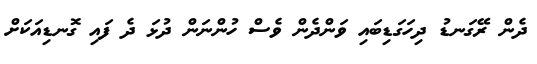
ދެން ރޭގަނޑު ދިހަގަޑިބައި ވަންދެން ވެސް ހުންނަން ދުޅަ ދެ ފައި ގޮނޑިއަކަށް